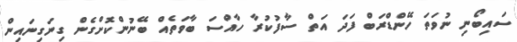
ސައިބޯނި ނުވަތަ ހޭންޑްރަބް ފަދަ އަތް ސާފުކުރާ ހާއްސަ ބާވަތެއް ބޭނުންކޮށްގެން ގިނަގިނައިން